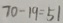
7 0 - 1 9 = 5 1